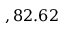
, 8 2 . 6 2 \